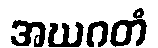
အဃဂတံ